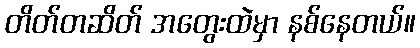
တိတ်တဆိတ် အတွေးထဲမှာ နစ်နေတယ်။